Scottish Leaving Certificate Examination, 1954
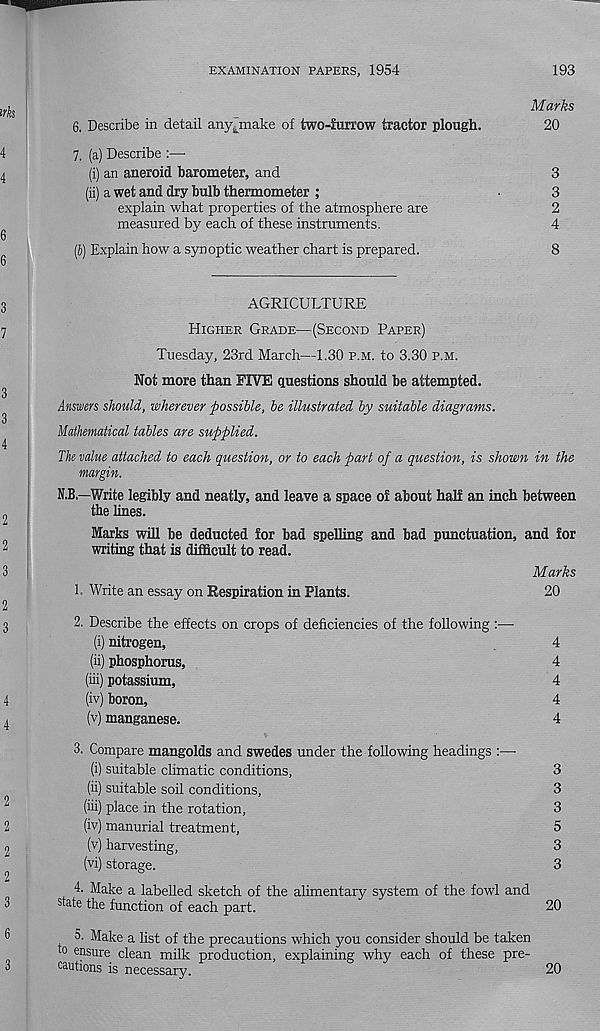
EXAMINATION PAPERS, 1954
193
Marks
6. Describe in detail anyjnake of two-furrow tractor plough.
20
7. (a) Describe :—
(i) an aneroid barometer, and
3
(ii) a wet and dry bulb thermometer ;
3
explain what properties of the atmosphere are
2
measured by each of these instruments.
4
(6) Explain how a synoptic weather chart is prepared.
8
AGRICULTURE
Higher Grade—(Second Paper)
Tuesday, 23rd March—1.30 p.m. to 3.30 p.m.
Not more than FIVE questions should be attempted.
Answers should, wherever possible, be illustrated by suitable diagrams.
Mathematical tables are supplied.
The value attached to each question, or to each part of a question, is shown in the
margin.
N.B.—Write legibly and neatly, and leave a space of about half an inch between
the lines.
Marks will be deducted for bad spelling and bad punctuation, and for
writing that is difficult to read.
Marks
1. Write an essay on Respiration in Plants.
20
2. Describe the effects on crops of deficiencies of the following :—■
(i) nitrogen,
4
(ii) phosphorus,
4
(hi) potassium,
4
(iv) boron,
4
(v) manganese.
4
3. Compare mangolds and swedes under the following headings :—
(i) suitable climatic conditions,
3
(ii) suitable soil conditions,
3
(hi) place in the rotation,
3
(iv) manurial treatment,
5
(v) harvesting,
3
(vi) storage.
3
4. Make a labelled sketch of the alimentary system of the fowl and
state the function of each part.
20
5. Make a list of the precautions which you consider should be taken
to ensure clean milk production, explaining why each of these pre-
cautions is necessary.
20